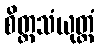
စိတ္တသံယုတ္တံ